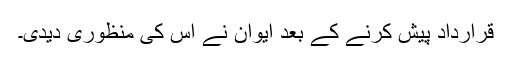
قرارداد پیش کرنے کے بعد ایوان نے اس کی منظوری دیدی۔